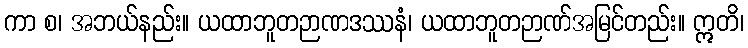
ကာ စ၊ အဘယ်နည်း။ ယထာဘူတဉာဏဒဿနံ၊ ယထာဘူတဉာဏ်အမြင်တည်း။ ဣတိ၊